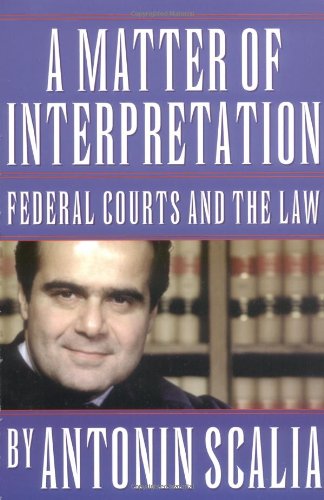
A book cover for A Matter of Interpretation: Federal Courts and the Law (The University Center for Human Values Series); Antonin Scalia; Law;